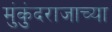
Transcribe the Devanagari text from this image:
मुंकुंदराजाच्या